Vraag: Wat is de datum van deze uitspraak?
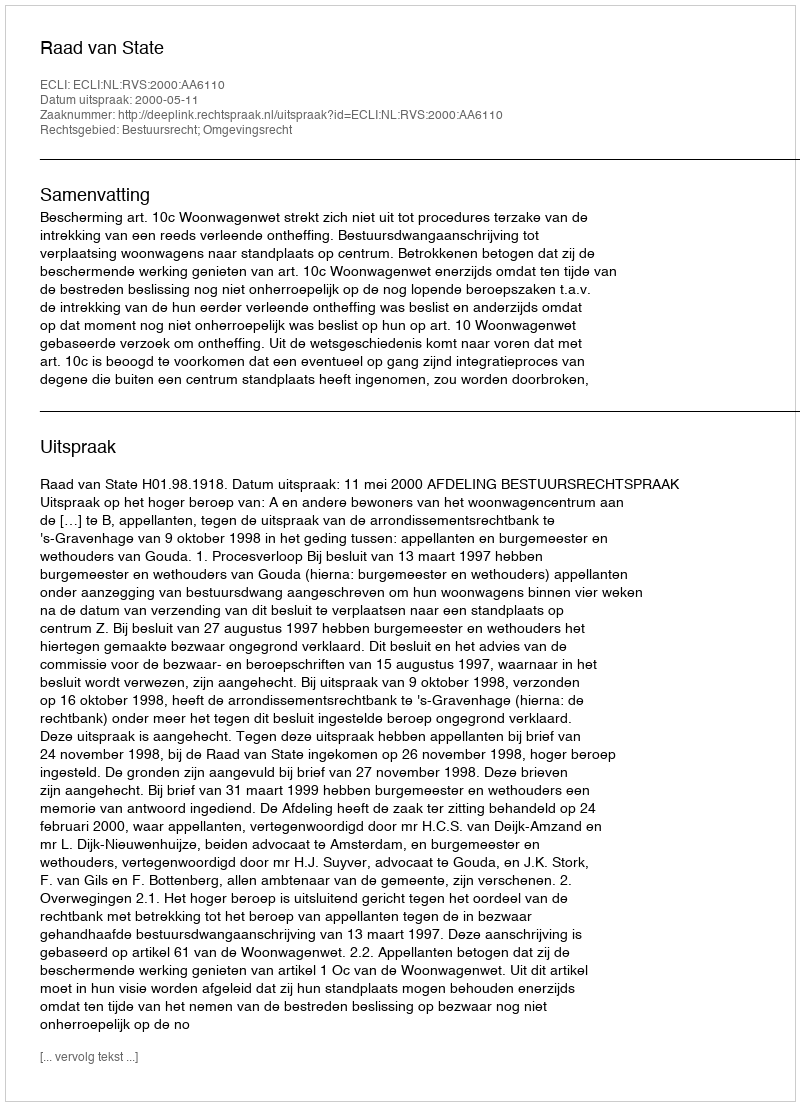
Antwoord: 2000-05-11